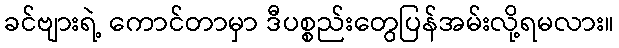
ခင်ဗျားရဲ့ ကောင်တာမှာ ဒီပစ္စည်းတွေပြန်အမ်းလို့ရမလား။